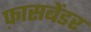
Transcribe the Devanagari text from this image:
फ़ासबेंडर